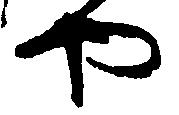
や